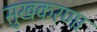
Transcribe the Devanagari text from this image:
सुखकरणा